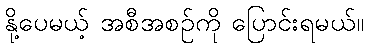
နို့ပေမယ့် အစီအစဉ်ကို ပြောင်းရမယ်။